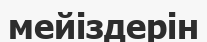
мейіздерін